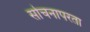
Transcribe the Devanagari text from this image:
सोचनापरता